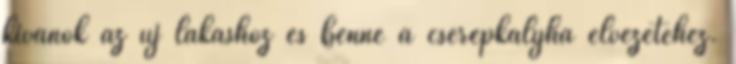
kívánok az új lakáshoz és benne a cserépkályha élvezetéhez.